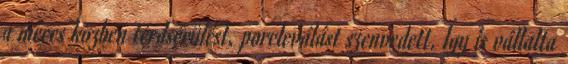
a meccs közben térdsérülést, porcleválást szenvedett. Így is vállalta